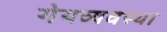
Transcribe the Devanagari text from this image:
गेयव्यवस्था